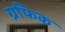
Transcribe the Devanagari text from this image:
ग्रफिक